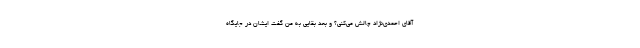
آقای احمدی‌نژاد چالش می‌کنی؟ و بعد بقایی به من گفت ایشان در جایگاه